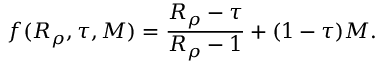
f ( R _ { \rho } , \tau , { \cal M } ) = \frac { R _ { \rho } - \tau } { R _ { \rho } - 1 } + ( 1 - \tau ) { \cal M } .